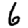
Digit: 6